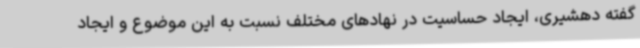
گفته دهشیری، ایجاد حساسیت در نهادهای مختلف نسبت به این موضوع و ایجاد